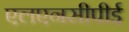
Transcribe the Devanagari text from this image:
एलएनसीपीई